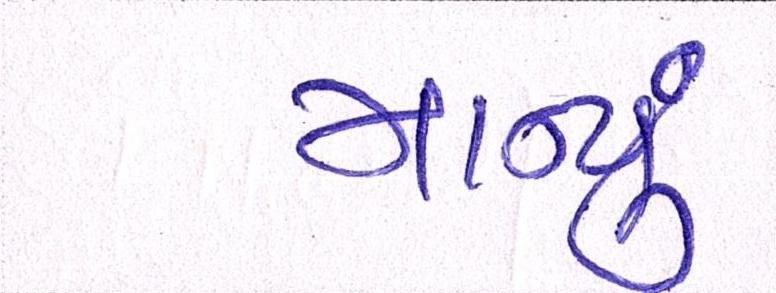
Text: માન્યું